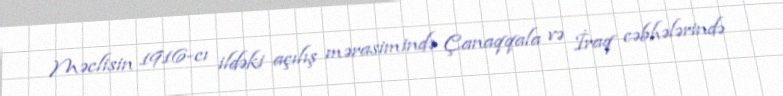
Məclisin 1916-cı ildəki açılış mərasimində Çanaqqala və İraq cəbhələrində